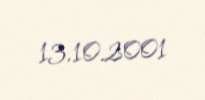
13.10.2001